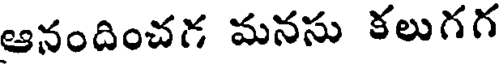
ఆనందించగ మనసు కలుగగ